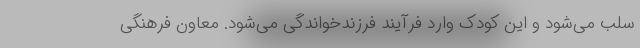
سلب می‌شود و این کودک وارد فرآیند فرزندخواندگی می‌شود. معاون فرهنگی